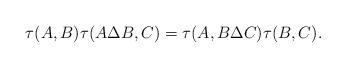
LaTeX: \begin{align*}\tau(A,B) \tau(A\Delta B, C) = \tau(A,B\Delta C) \tau(B,C).\end{align*}